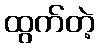
ထွက်တဲ့